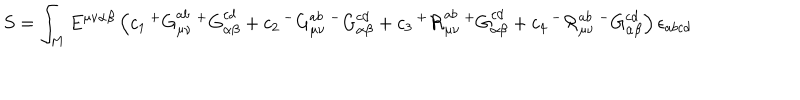
S = \int _ { M } E ^ { \mu \nu \alpha \beta } \left( c _ { 1 } \, { ^ + G } _ { \mu \nu } ^ { a b } \, { ^ + G } _ { \alpha \beta } ^ { c d } + c _ { 2 } \, { ^ - G } _ { \mu \nu } ^ { a b } \, { ^ - G } _ { \alpha \beta } ^ { c d } + c _ { 3 } \, { ^ + { \cal R } } _ { \mu \nu } ^ { a b } \, { ^ + G } _ { \alpha \beta } ^ { c d } + c _ { 4 } \, { ^ - { \cal R } } _ { \mu \nu } ^ { a b } \, { ^ - G } _ { \alpha \beta } ^ { c d } \right) \epsilon _ { a b c d }